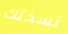
نسختك